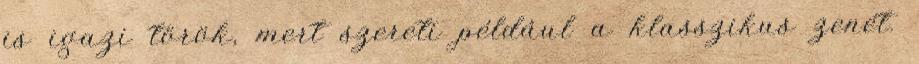
is igazi török, mert szereti például a klasszikus zenét.